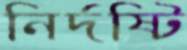
নির্দষ্টি